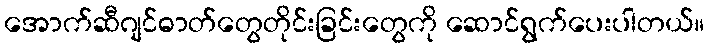
အောက်ဆီဂျင်ဓာတ်တွေတိုင်းခြင်းတွေကို ဆောင်ရွက်ပေးပါတယ်။